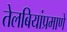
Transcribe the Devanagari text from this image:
तेलबियांप्रमाणे